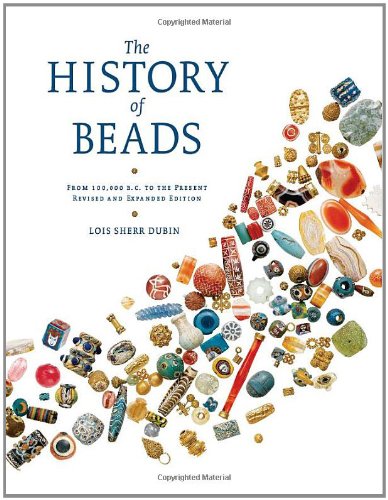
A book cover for The History of Beads: From 100,000 B.C. to the Present, Revised and Expanded Edition; Lois Sherr Dubin; Crafts, Hobbies & Home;